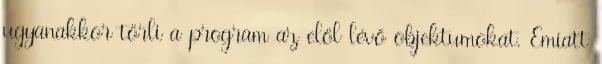
ugyanakkor törli a program az elöl lévő objektumokat. Emiatt